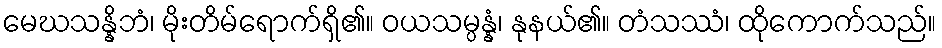
မေဃသန္နိဘံ၊ မိုးတိမ်ရောက်ရှိ၏။ ဝယသမ္ပန္နံ၊ နုနယ်၏။ တံသဿံ၊ ထိုကောက်သည်။